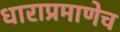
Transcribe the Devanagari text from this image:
धाराप्रमाणेच